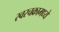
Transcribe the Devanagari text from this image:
स्वरचक्रामध्ये